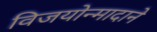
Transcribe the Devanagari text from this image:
विजयोन्मादाने